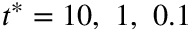
t ^ { * } = 1 0 , \ 1 , \ 0 . 1